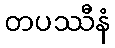
တပဿီနံ